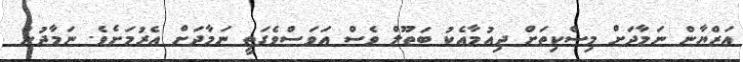
އަޒްޔާން ނަމާދަށް މިސްކިތަށް ދިއުމާއެކު ބަތޫލް ވެސް އަވަސްވެގަތީ ނަމާދަށް އެރުމަށެވެ. ނަމާދުން